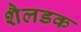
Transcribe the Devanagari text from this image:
शैलडक